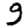
Digit: 9